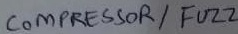
Text: COMPRESSOR/ FUZZ